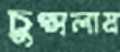
চুপ্‌সলাম